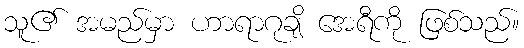
သူ၏ အမည်မှာ ဟာရာဂုချိ အေရီကို ဖြစ်သည်။